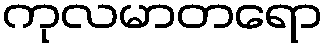
ကုလမာတရော